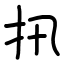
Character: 扟